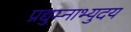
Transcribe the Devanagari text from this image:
प्रद्युम्नाभ्युदय